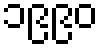
၁၉၉၀